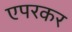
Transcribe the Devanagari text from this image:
एपरकर